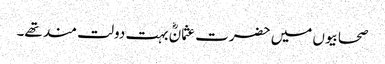
صحابیوں میں حضرت عثمانؓ بہت دولت مند تھے۔